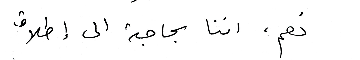
نعم، اننا بحاجة الى إطلاق